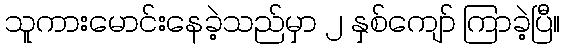
သူကားမောင်းနေခဲ့သည်မှာ ၂ နှစ်ကျော် ကြာခဲ့ပြီ။